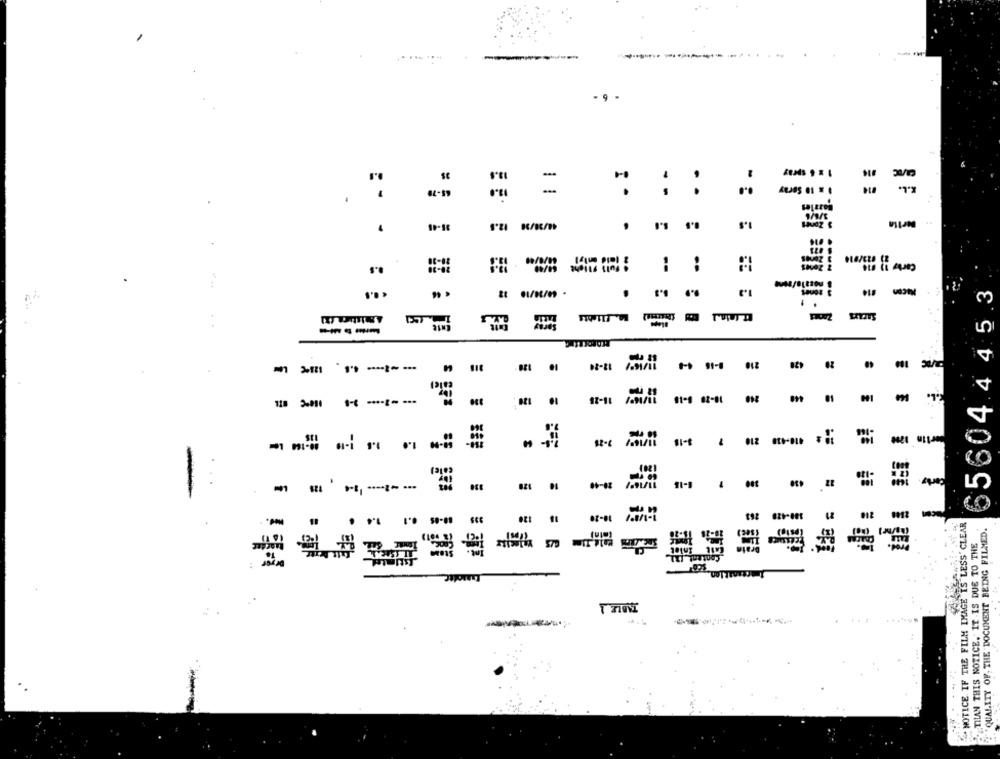
- 9
st
. .
65-79
1 x 10 Seray
:
.
:
:
$5604445.3
-- ---
18-11
m
012
8-18
- - ------
:
NOTICE. IF THE FILM IMAGE IS LESS' CLEAR
SELLE
QUALITY OF, THE DOCUMENT BEING FILMED.
-
.
TILAN THIS NOTICE. IT IS DUE TO THE
TABLE 1